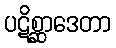
ပဋိစ္ဆာဒေတာ